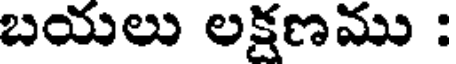
బయలు లక్షణము :